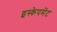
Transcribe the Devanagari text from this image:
इस्केपमेंट